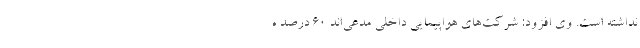
نداشته است. وی افزود: شرکت‌های هواپیمایی داخلی مدعی‌اند ۶۰ درصد ه